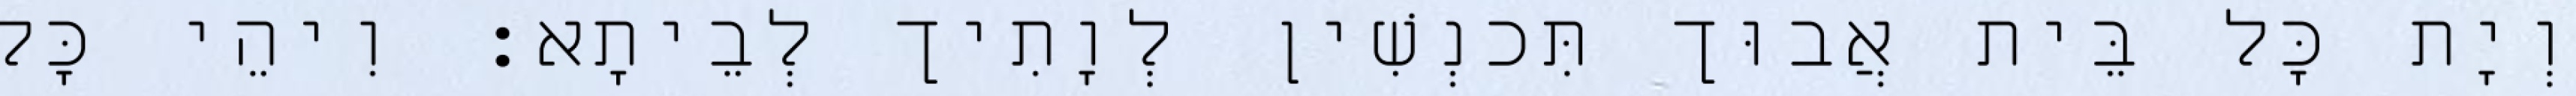
וְיָת כָּל בֵּית אֲבוּך תִּכנְשִׁין לְוָתִיך לְבֵיתָא׃ וִיהֵי כָּל